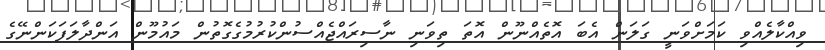
ވިއްކާލެއްވި ކަމަށްވަނީ ގަލަން އެބަ އޮތެއްނޫން އޮތަ ތިވަނި ނާސިރައްޖެއްސުންކުރުމުގެގޮތުން މައުމޫން އަންދާލަފަކަންނޭގެ